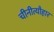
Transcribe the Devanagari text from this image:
चीनीत्यौहार